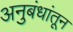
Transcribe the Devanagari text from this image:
अनुबंधांतून